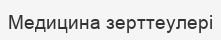
Медицина зерттеулері